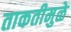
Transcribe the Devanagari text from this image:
ताकतीमुळे